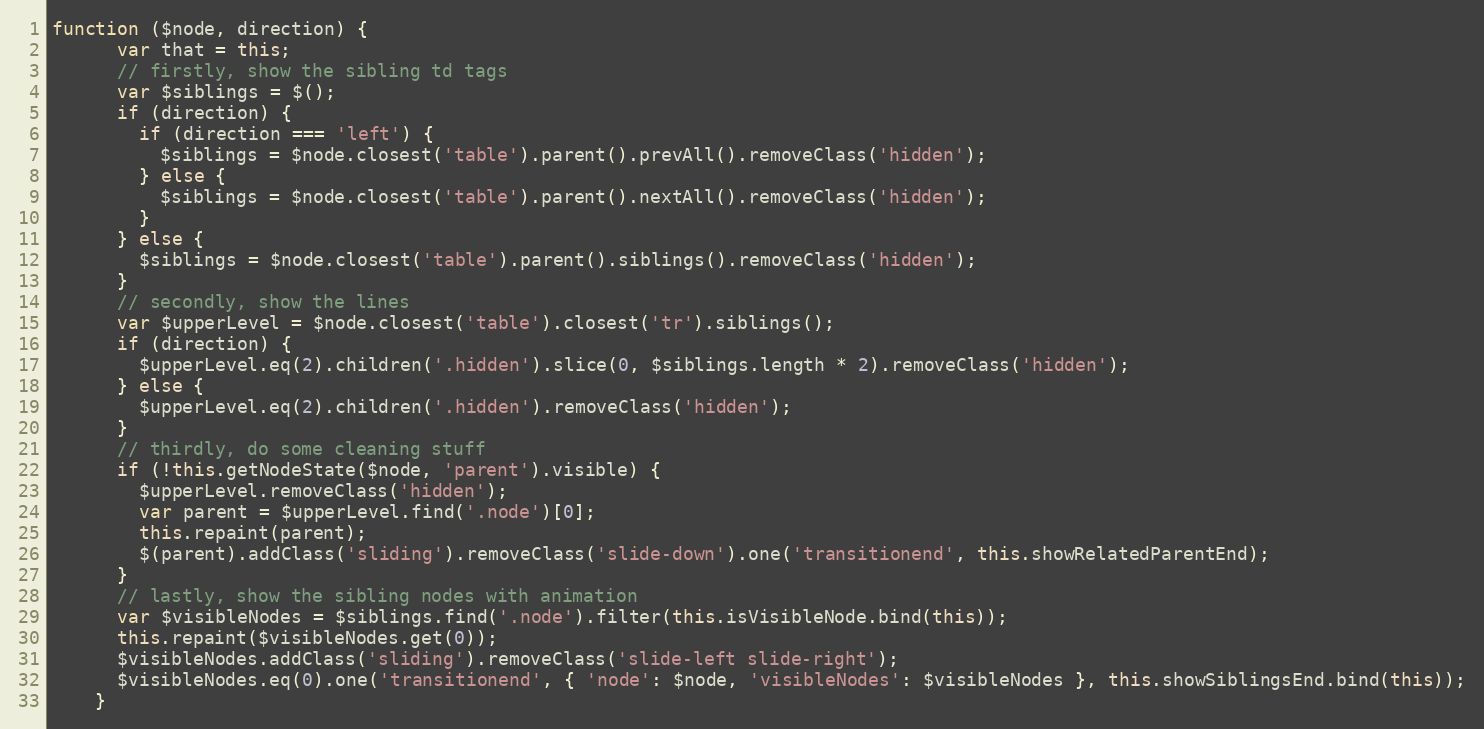
Language: JavaScript
function ($node, direction) {
      var that = this;
      // firstly, show the sibling td tags
      var $siblings = $();
      if (direction) {
        if (direction === 'left') {
          $siblings = $node.closest('table').parent().prevAll().removeClass('hidden');
        } else {
          $siblings = $node.closest('table').parent().nextAll().removeClass('hidden');
        }
      } else {
        $siblings = $node.closest('table').parent().siblings().removeClass('hidden');
      }
      // secondly, show the lines
      var $upperLevel = $node.closest('table').closest('tr').siblings();
      if (direction) {
        $upperLevel.eq(2).children('.hidden').slice(0, $siblings.length * 2).removeClass('hidden');
      } else {
        $upperLevel.eq(2).children('.hidden').removeClass('hidden');
      }
      // thirdly, do some cleaning stuff
      if (!this.getNodeState($node, 'parent').visible) {
        $upperLevel.removeClass('hidden');
        var parent = $upperLevel.find('.node')[0];
        this.repaint(parent);
        $(parent).addClass('sliding').removeClass('slide-down').one('transitionend', this.showRelatedParentEnd);
      }
      // lastly, show the sibling nodes with animation
      var $visibleNodes = $siblings.find('.node').filter(this.isVisibleNode.bind(this));
      this.repaint($visibleNodes.get(0));
      $visibleNodes.addClass('sliding').removeClass('slide-left slide-right');
      $visibleNodes.eq(0).one('transitionend', { 'node': $node, 'visibleNodes': $visibleNodes }, this.showSiblingsEnd.bind(this));
    }